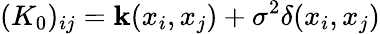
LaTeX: (K_{0})_{ij}=\mathbf{k}(x_{i},x_{j})+\sigma^{2}\delta(x_{i},x_{j})